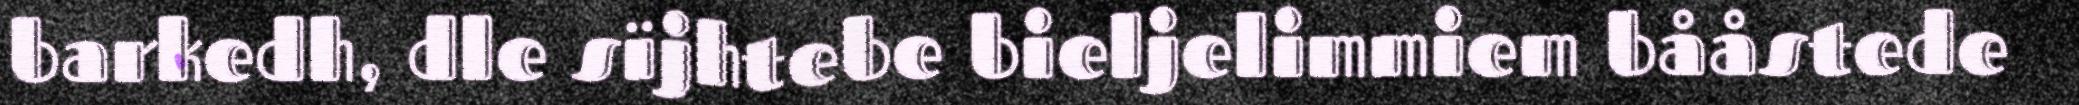
barkedh, dle sïjhtebe bieljelimmiem bååstede